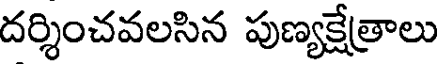
దర్శించవలసిన పుణ్యక్షేత్రాలు